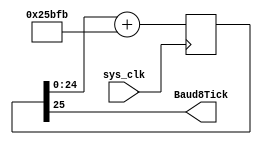
`timescale 1ns / 1ps
//////////////////////////////////////////////////////////////////////////////////
// Company: 
// Engineer: 
// 
// Design Name: 
// Module Name:    Baud8Gen 
// Project Name: 
// Target Devices: 
// Tool versions: 
// Description: 
//
// Dependencies: 
//
// Revision: 
// Revision 0.01 - File Created
// Additional Comments: 
//
//////////////////////////////////////////////////////////////////////////////////
module Baud8Gen(
    input sys_clk, //200MHZ
    output Baud8Tick     //~115200*8
    );
	 reg [25:0] count=0;
	 
	 // 200e6/115200 ~ 2**28/154619
	 // 27e6/115200 ~ 2**19/2237
	 
	 always @(posedge sys_clk)
	 begin
		count <= count[24:0] + 154619;
	 end
	
	 assign Baud8Tick = count[25];

endmodule